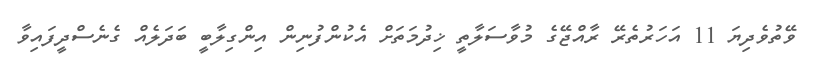
ވޭތުވެދިޔަ 11 އަހަރުތެރޭ ރާއްޖޭގެ މުވާސަލާތީ ޚިދުމަތަށް އެކުންފުނިން އިންގިލާބީ ބަދަލެއް ގެނެސްދީފައިވާ